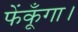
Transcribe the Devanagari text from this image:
फेंकूँगा।